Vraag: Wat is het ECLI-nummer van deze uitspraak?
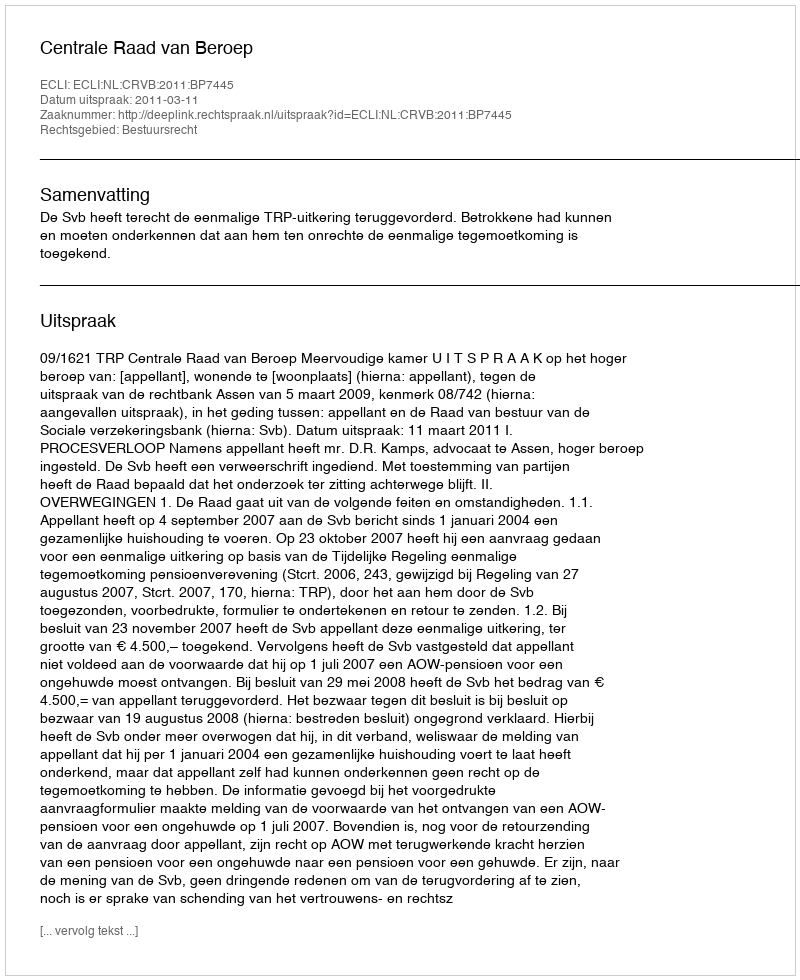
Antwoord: ECLI:NL:CRVB:2011:BP7445